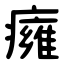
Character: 癕